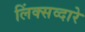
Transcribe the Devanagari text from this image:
लिंक्सव्दारे